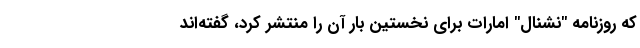
که روزنامه "نشنال" امارات برای نخستین بار آن را منتشر کرد، گفته‌اند